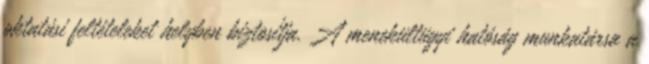
oktatási feltételeket helyben biztosítja. A menekültügyi hatóság munkatársa a